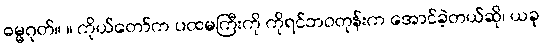
ဓမ္မဂုတ်။ ။ ကိုယ်တော်က ပထမကြီးကို ကိုရင်ဘဝတုန်းက အောင်ခဲ့တယ်ဆို၊ ယခု